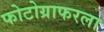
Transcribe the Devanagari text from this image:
फोटोग्राफरला